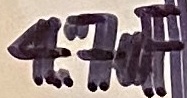
Text: 4,7uF